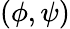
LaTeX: \left(\phi,\psi\right)